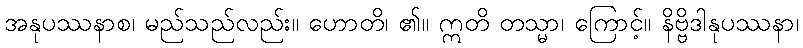
အနုပဿနာစ၊ မည်သည်လည်း။ ဟောတိ၊ ၏။ ဣတိ တသ္မာ၊ ကြောင့်။ နိဗ္ဗိဒါနုပဿနာ၊